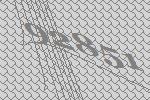
92851